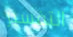
التفسير